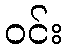
ဝင်း